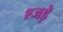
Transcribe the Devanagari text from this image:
श्जड़े